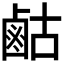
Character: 𮭫